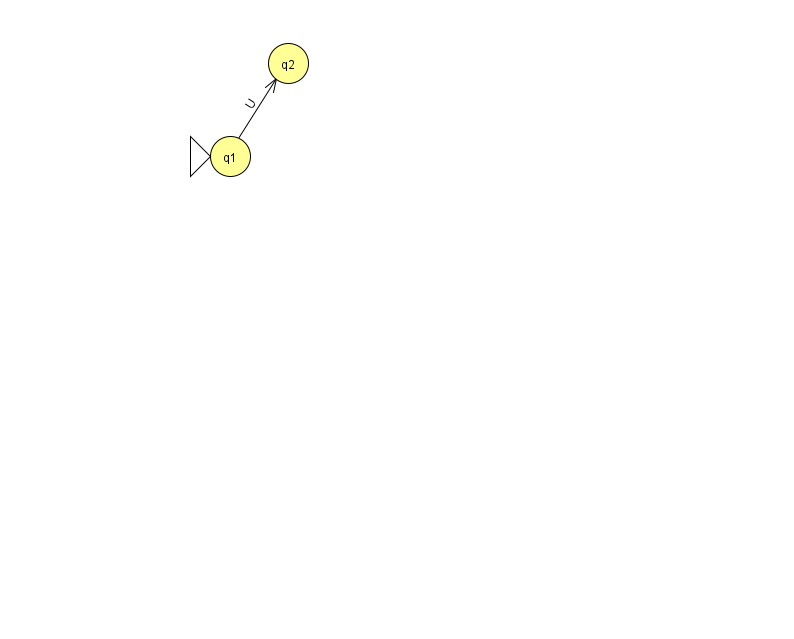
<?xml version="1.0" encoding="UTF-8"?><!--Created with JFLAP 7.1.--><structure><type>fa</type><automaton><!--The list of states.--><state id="1" name="q1"><x>230.0</x><y>143.0</y><initial/></state><state id="2" name="q2"><x>288.0</x><y>50.0</y></state><!--The list of transitions.--><transition><from>1</from><to>2</to><read>U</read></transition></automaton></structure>